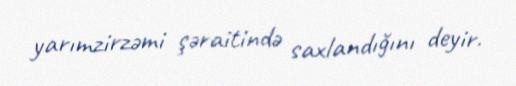
yarımzirzəmi şəraitində saxlandığını deyir.